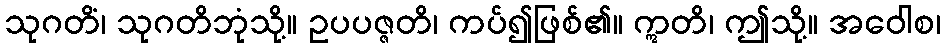
သုဂတိံ၊ သုဂတိဘုံသို့။ ဥပပဇ္ဇတိ၊ ကပ်၍ဖြစ်၏။ ဣတိ၊ ဤသို့။ အဝေါစ၊